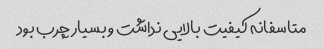
متاسفانه کیفیت بالایی نداشت و بسیار چرب بود